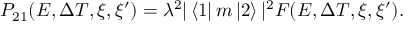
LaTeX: P _ { 2 1 } ( E , \Delta T , \xi , \xi ^ { \prime } ) = \lambda ^ { 2 } | \left< 1 \right| m \left| 2 \right> | ^ { 2 } F ( E , \Delta T , \xi , \xi ^ { \prime } ) .